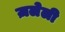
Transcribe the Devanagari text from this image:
ज़लेली